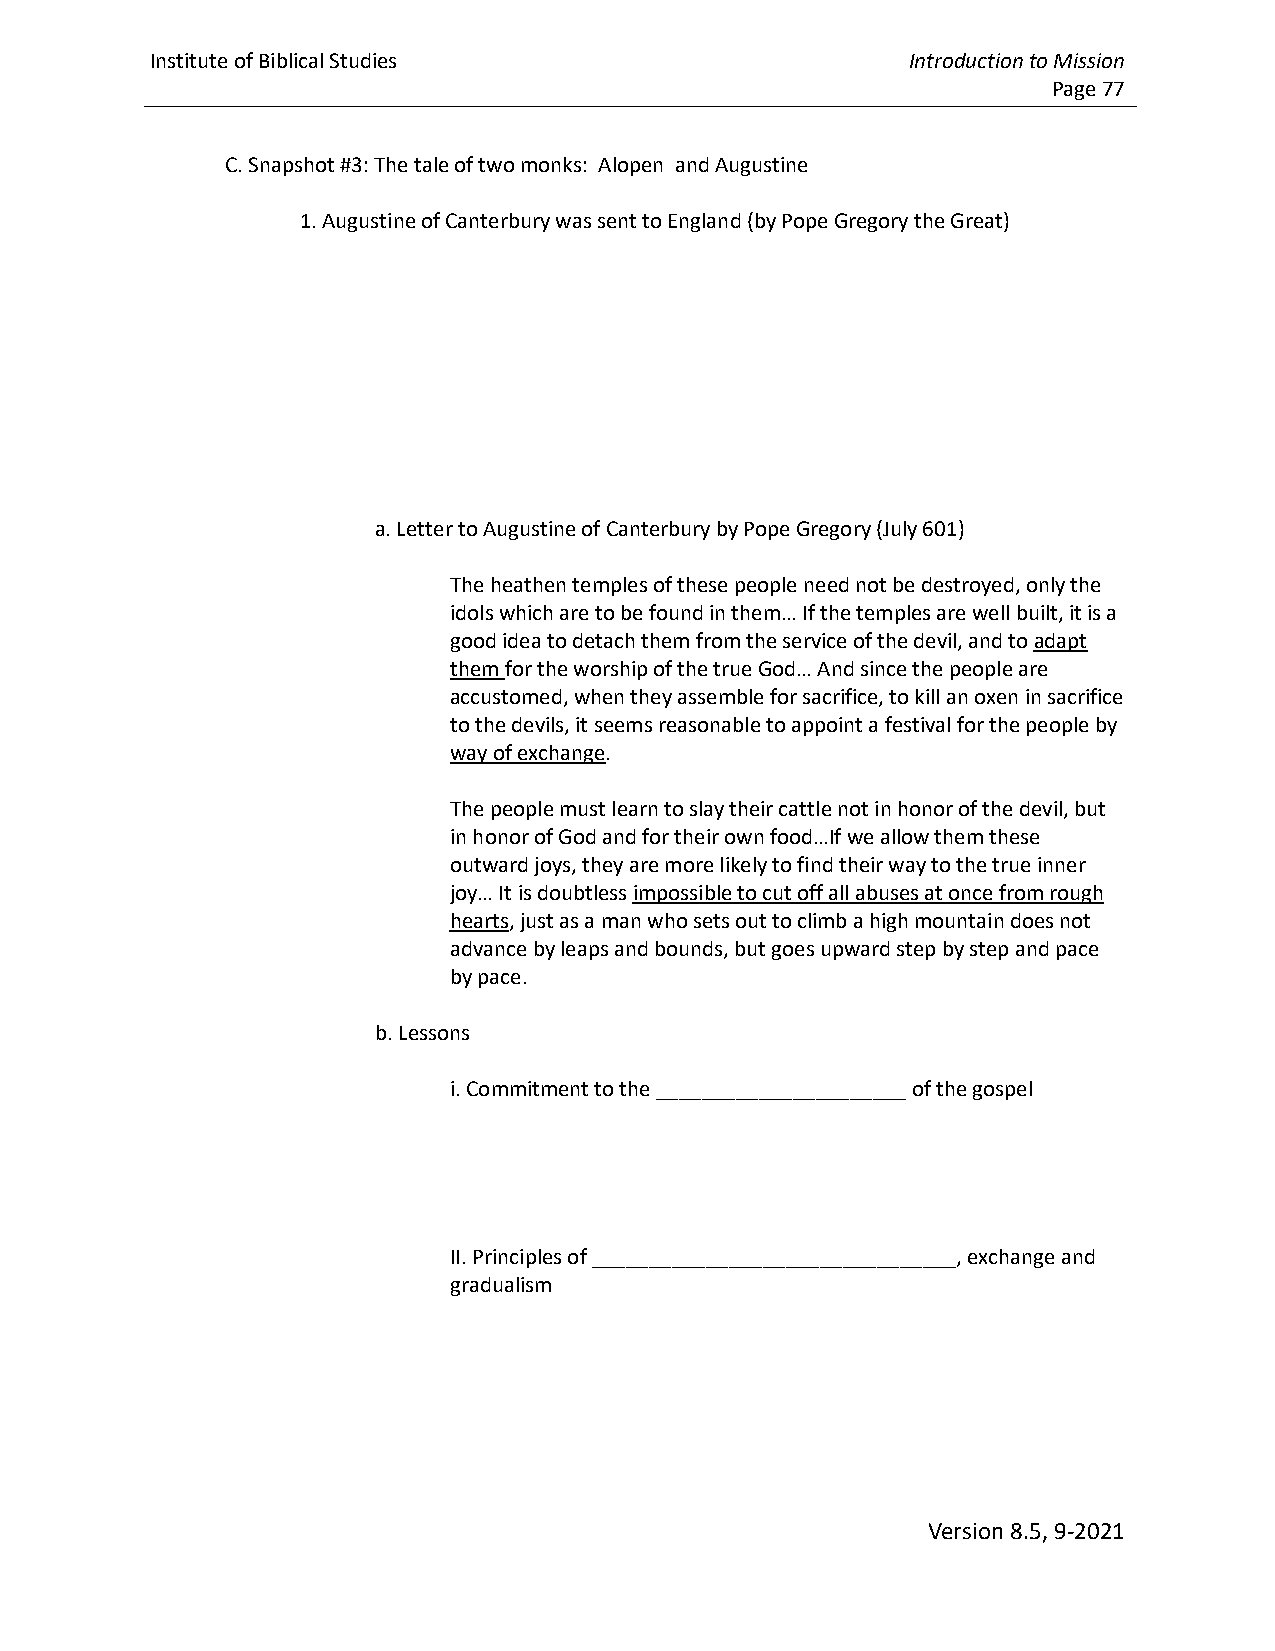
Institute of Biblical Studies                     Introduction to Mission
 Page 77
 C. Snapshot #3: The tale of two monks: Alopen and Augustine
 1. Augustine of Canterbury was sent to England (by Pope Gregory the Great)
 a. Letter to Augustine of Canterbury by Pope Gregory (July 601)
 The heathen temples of these people need not be destroyed, only the
 idols which are to be found in them… If the temples are well built, it is a
 good idea to detach them from the service of the devil, and to adapt
 them for the worship of the true God… And since the people are
 accustomed, when they assemble for sacrifice, to kill an oxen in sacrifice
 to the devils, it seems reasonable to appoint a festival for the people by
 way of exchange.
 The people must learn to slay their cattle not in honor of the devil, but
 in honor of God and for their own food…If we allow them these
 outward joys, they are more likely to find their way to the true inner
 joy… It is doubtless impossible to cut off all abuses at once from rough
 hearts, just as a man who sets out to climb a high mountain does not
 advance by leaps and bounds, but goes upward step by step and pace
 by pace.
 b. Lessons
 i. Commitment to the ______________________ of the gospel
 II. Principles of ________________________________, exchange and
 gradualism
 Version 8.5, 9-2021